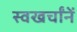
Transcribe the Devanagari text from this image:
स्वखर्चांनें